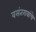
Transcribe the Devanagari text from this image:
वसंतरावांचे